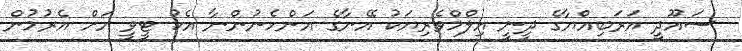
ސައޫދީ އަރަބިއްޔާގެ ދީނީ އިލްމްވެރިޔަކު އޭނާގެ އަންހެނުންނާ އެކު ޓީވީ އަށް އެރުމުން